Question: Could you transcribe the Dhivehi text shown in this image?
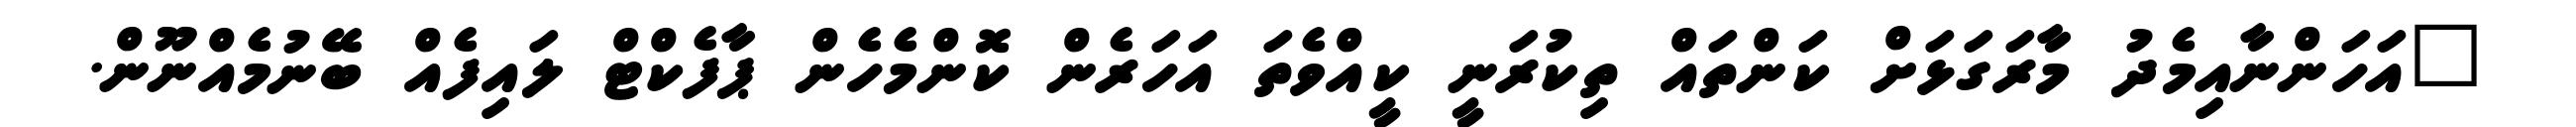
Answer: "އަހަންނާއިމެދު މާރަގަޅަށް ކަންތައް ތިކުރަނީ ކީއްވެތަ އަހަރެން ކޮންމެހެން ޕާފެކްޓް ލައިފެއް ބޭނުމެއްނޫން.